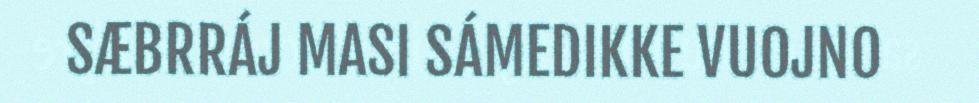
SÆBRRÁJ MASI SÁMEDIKKE VUOJNO